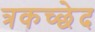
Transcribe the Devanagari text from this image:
त्रकच्छेद